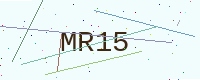
Text: MR15